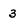
Character: 3